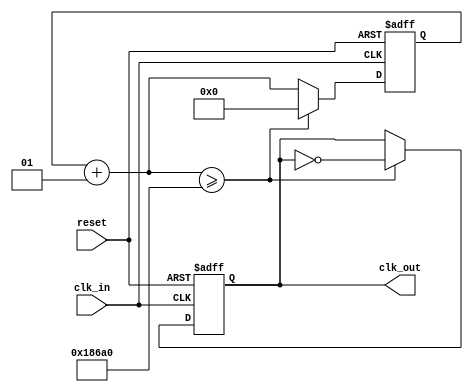
module clk_500_Hz( clk_in, reset, clk_out );
 
	input	 	clk_in, reset; 
	output 	clk_out; 
	reg 		clk_out; 
	integer 	i; 
	//***************************************************************
	// The following verilog code will "divide" an incoming clock 
	// by the 32-bit decimal value specified in the "if condition" 
	// 
	// The value of the timer that counts the incoming clock ticks 
	// is equal to [ (Incoming Freq / Outgoing Freq) / 2 ]
	//***************************************************************

		always@ (posedge clk_in or posedge reset) begin
		if (reset == 1'b1) begin 
			i = 0; 
			clk_out = 0; 
		end 
		//got a clock, so increment the counter and
		//test to see if half a period has elapsed
		else begin 
			i = i+1; 
			if (i >= ((100000000/500)/2)) begin 
				clk_out = ~clk_out; 
				i=0; 
			end//if
		end//else
	end //always
	
endmodule